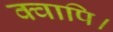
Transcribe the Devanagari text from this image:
क्वापि।